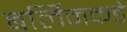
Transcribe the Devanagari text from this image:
बर्लिनकडे